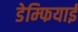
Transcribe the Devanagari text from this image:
डेम्फियाई